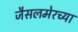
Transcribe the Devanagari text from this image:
जैसलमेरच्या